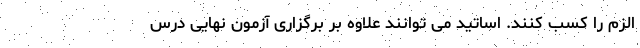
الزم را کسب کنند. اساتید می توانند علاوه بر برگزاری آزمون نهایی درس